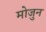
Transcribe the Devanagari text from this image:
मोजुन